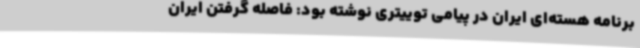
برنامه هسته‌ای ایران در پیامی توییتری نوشته بود: فاصله گرفتن ایران